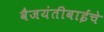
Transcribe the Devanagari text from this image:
वैजयंतीबाईंचे